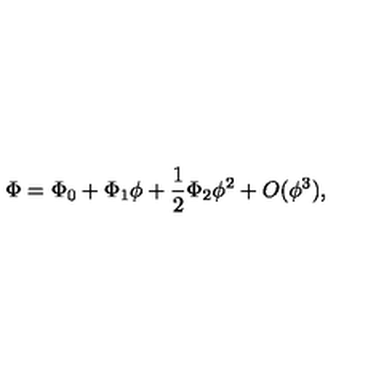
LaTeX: \Phi = \Phi _ { 0 } + \Phi _ { 1 } \phi + \frac 1 2 \Phi _ { 2 } \phi ^ { 2 } + O ( \phi ^ { 3 } ) ,